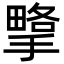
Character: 㨼